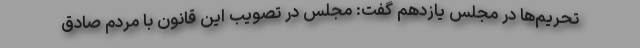
تحریم‌ها در مجلس یازدهم گفت: مجلس در تصویب این قانون با مردم صادق